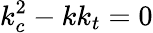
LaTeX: k_{c}^{2}-kk_{t}=0